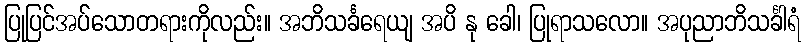
ပြုပြင်အပ်သောတရားကိုလည်း။ အဘိသင်္ခရေယျ အပိ နု ခေါ၊ ပြုရာသလော။ အပုညာဘိသင်္ခါရံ